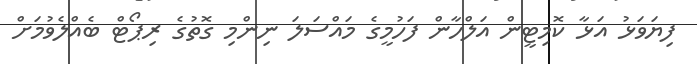
ފިޔަވަޅު އަޅާ ކޮމިޓީން އަލްހާން ފަހުމީގެ މައްސަލަ ނިންމި ގޮތުގެ ރިޕޯޓް ބެއްލެވުމަށް